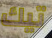
تيك